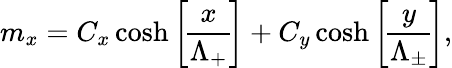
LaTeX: m_{x}=C_{x}\cosh\left[\! \frac{x}{\Lambda_{+}}\! \right]+C_{y}\cosh\left[\! \frac{y}{\Lambda_{\pm}}\! \right],